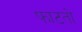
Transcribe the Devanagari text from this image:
फाटतो